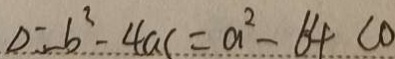
D = b ^ { 2 } - 4 a c = a ^ { 2 } - 6 4 < 0